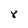
Character: 8